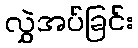
လွှဲအပ်ခြင်း